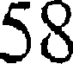
58